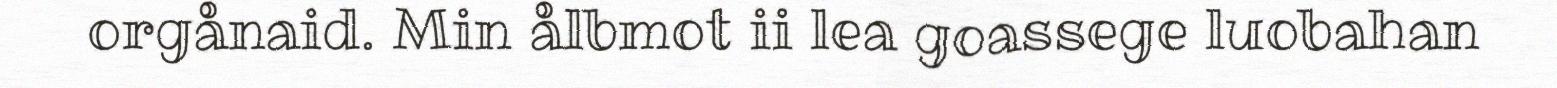
orgånaid. Min ålbmot ii lea goassege luobahan